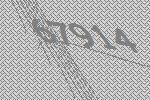
67914